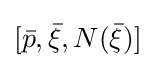
[{\bar {p}},{\bar {\xi }},N({\bar {\xi }})]